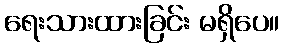
ရေးသားထားခြင်း မရှိပေ။